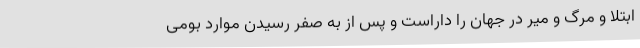
ابتلا و مرگ و میر در جهان را داراست و پس از به صفر رسیدن موارد بومی